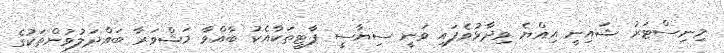
މިނިސްޓަރު ޝައިނީ އިއްޔެ ވިދާޅުވެފައި ވަނީ ސިޔާސީ ޕާޓީތަކާއެކު ބާއްވާ މަޝްވަރާ ބައްދަލުވުންތަކުގެ